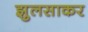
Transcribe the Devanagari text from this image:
झुलसाकर